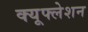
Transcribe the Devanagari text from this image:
क्यूफ्लेशन